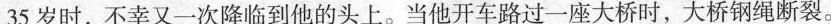
35岁时，不幸又一次降临到他的头上。当他开车路过一座大桥时，大桥钢绳断裂。